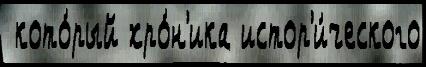
 кото́рый хро́н'ика истор'и́ческого